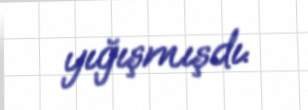
yığışmışdı.